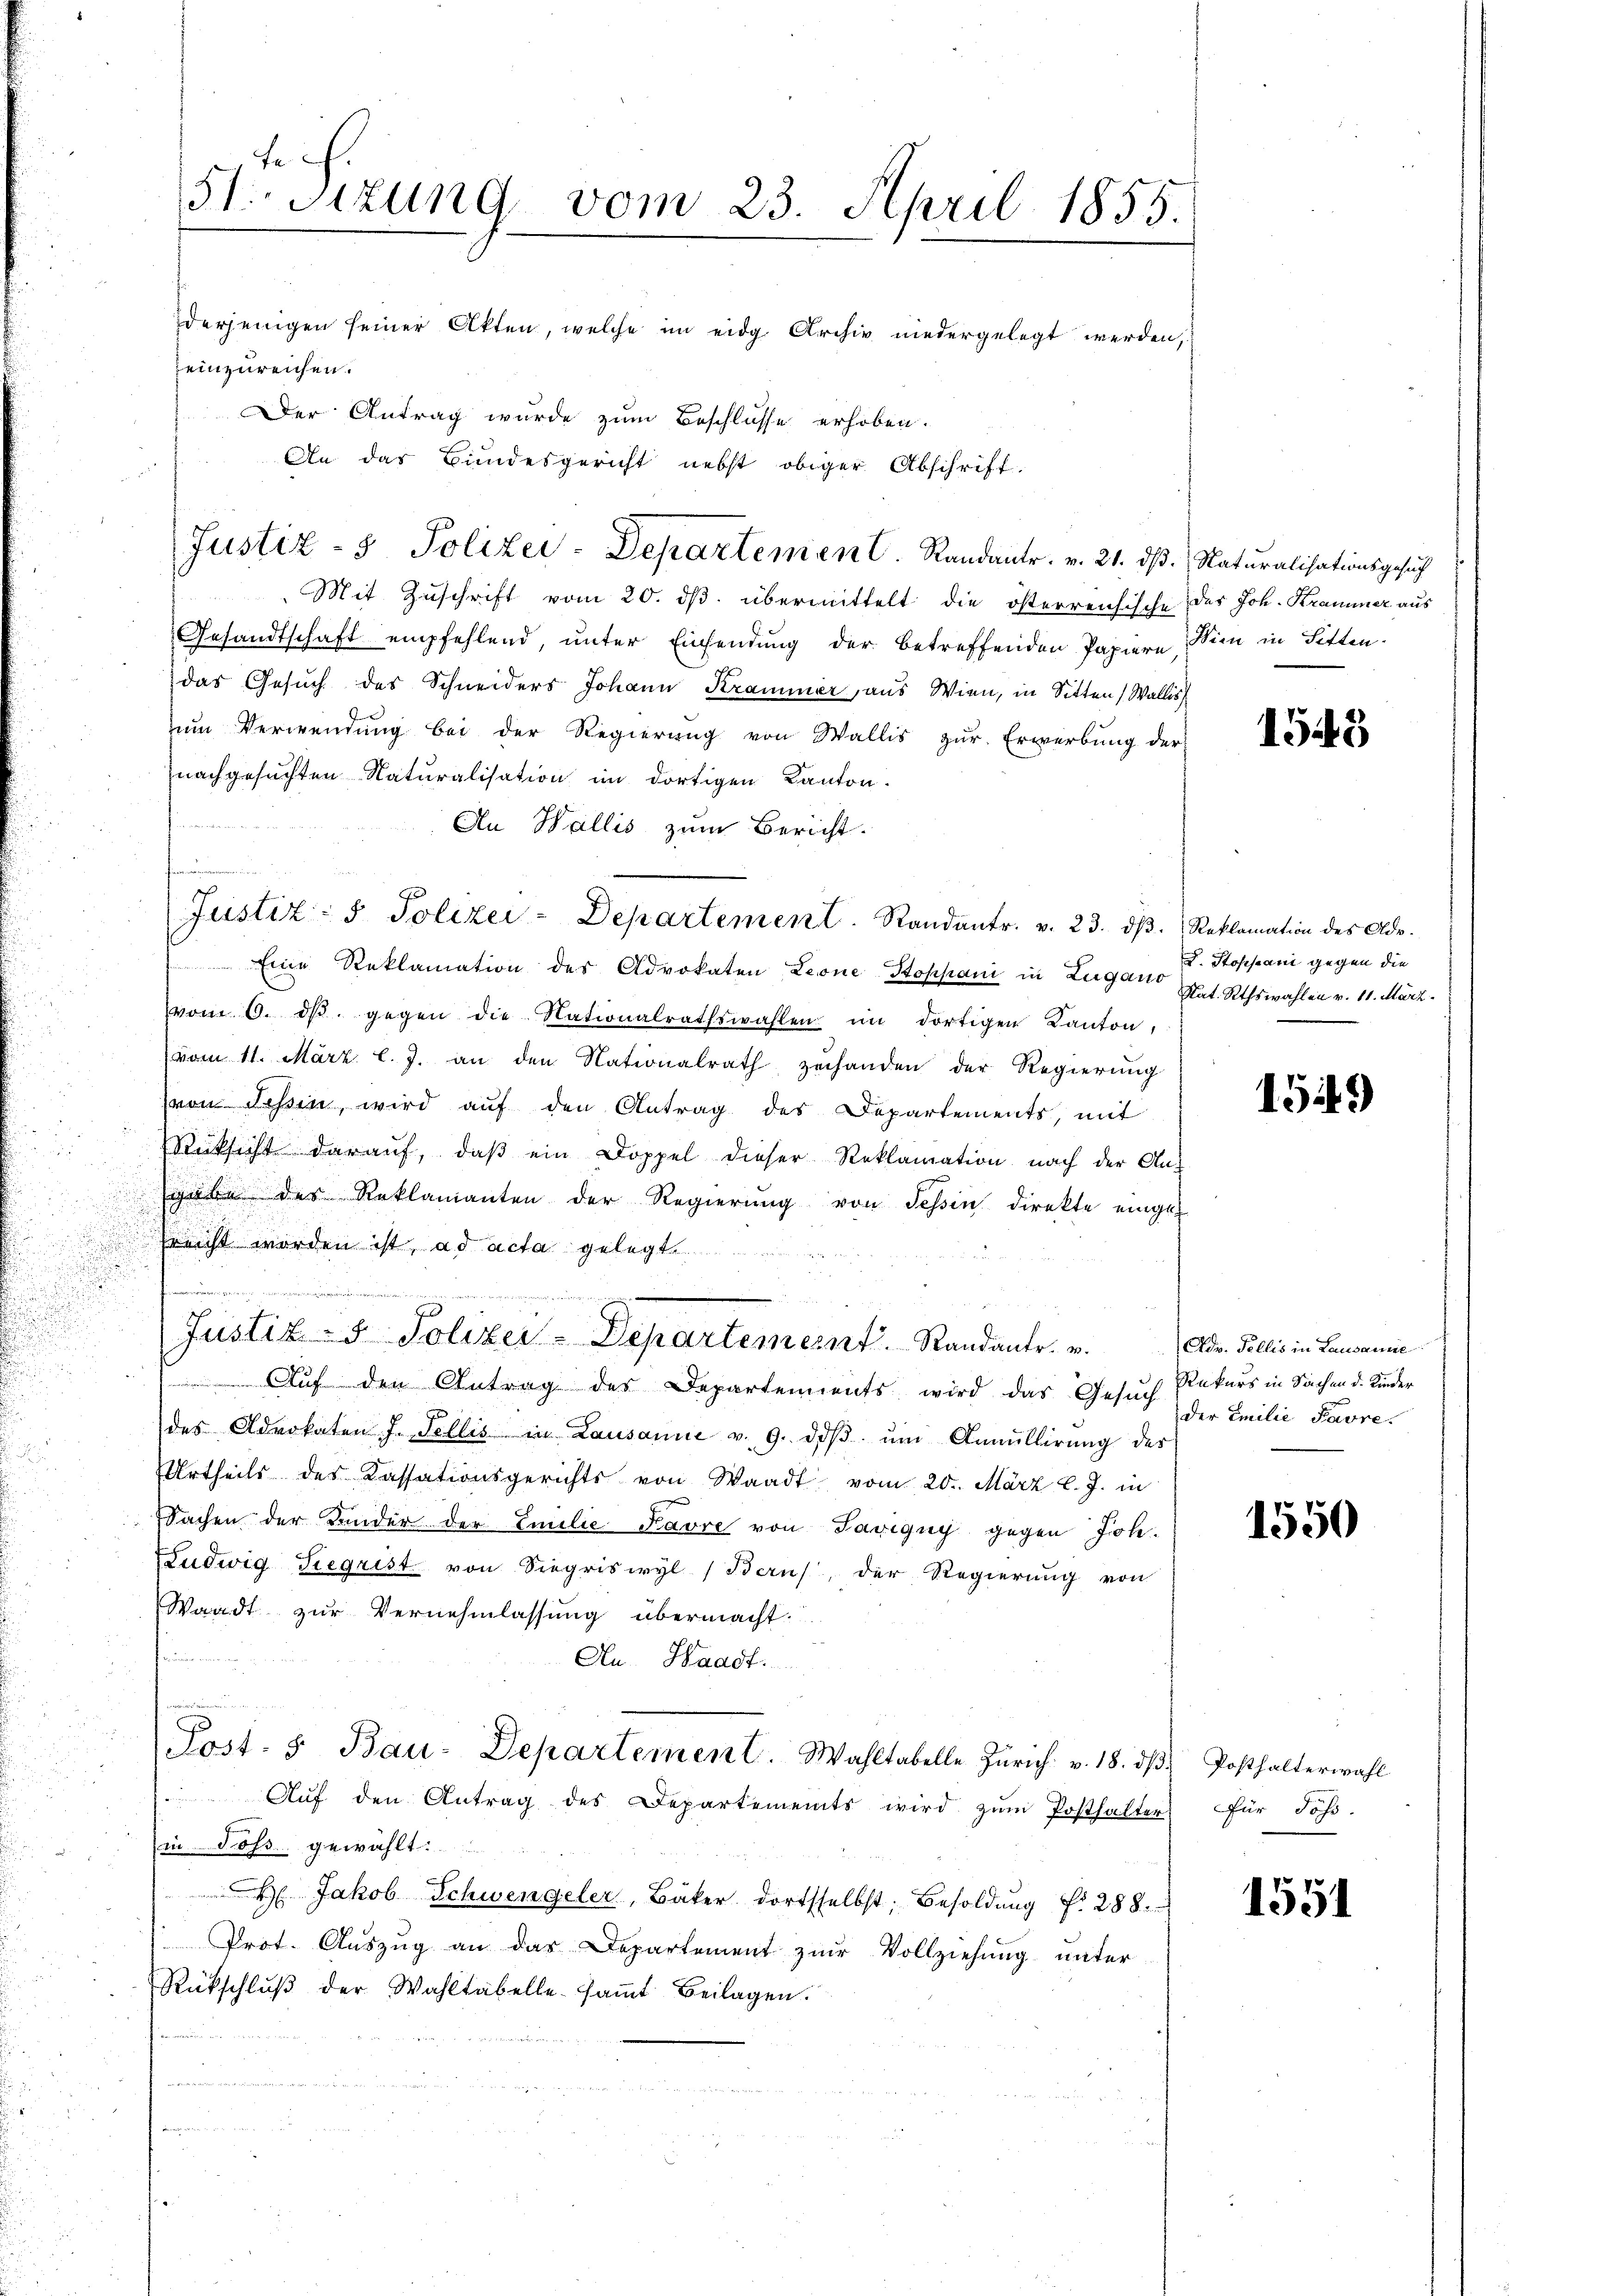
u

g

51. Sitzung vom 23. April 1855.
derjenigen seiner Akten, welche im eidg. Archiv niedergelegt werden,
Zeinzureichen.
Der Antrag wurde zum Beschlüsse erhoben.
An das Bundesgericht nebst obiger Abschrift.

Mit Zuschrift vom 20. ds. übermittelt die österreichische
Gesandtschaft empfehlend, unter Einsendung der betreffenden Papiere
das Gesuch des Schneiders Johann Krammer, aus Wien, in Sitten, Wallis
um Verwendung bei der Regierung von Wallis zur Erwerbung der
nachgesuchten Naturalisation im dortigen Kanton.
F
An Wallis zum Bericht.
Eine Reklamation des Advokaten Leone Stoppani in Zugano
vom 6. dβ gegen die Nationalrathswahlen im dortigen Kanton,
vom 11. März l. J. an den Nationalrath zehanden der Regierung
von Tessin, wird auf den Antrag des Departements, mit
Rücksicht daraŭf, daβ ein Doppel dieser Reklamation nach der An-
sgabe des Reklamanten der Regierŭng von Tessin direkte einget
Erricht worden ist, ad acta gelegt
4
Justiz- & Polizer-Departement. Randanter. v. dr. Pollis in Lausanie
Auf den Antrag des Departements wird das Gesuch Rekurs in Sachen d. Kinder
des Advokaten J. Fellis in Lausanne v. 9. dβ ŭm Annullirŭng des
Urtheils des Kassationsgerichts von Waadt vom 20. März l. J. in
Sachen der Kinder der Emilie Favre von Savigny gegen Joh.
Ludwig Siegrist von Siegriswyl (Berns, der Regierung von
Waadt zur Vernehmlassung übermacht.
Au- Waadt.
n
Post- u Bau-Departement. Wahltabelle Zürich. v. 18. dβ. Posthalterwahl
Aŭf den Antrag des Departements wird zŭm Posthalter für Jos.
in Johs. gewählt:
H Jakob Schwengeler, Bäker dortsselbst, Besoldŭng d. 288.
Prot. Aŭszŭg an das Departement zur Vollziehung unter
Rückschlŭβ der Wahltabelle-saṁt Beilagen.

Justiz- & Polizei-Departement. Standantr. v. 23. dβ. Reklamation des Ade.

Justiz- & Polizei-Departement. Randantr. v. 21. ds.

Naturalisationsgesuch
des Joh. Kramer aus
Wien in Sitten.

1543

I. Stoppan gegen die
Nat. Rthswahlen v. 11. März.

1549

Der Emilie Pavre.

1550

1551